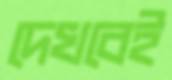
দেখবেই